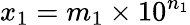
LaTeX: x_{1}=m_{1}\times 10^{n_{1}}